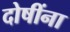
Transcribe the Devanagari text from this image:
दोषींना